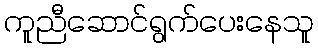
ကူညီဆောင်ရွက်ပေးနေသူ